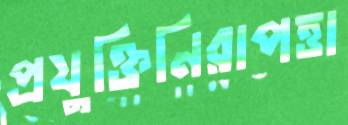
প্রযুক্তিনিরাপত্তা